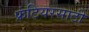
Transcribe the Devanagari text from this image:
फ्रंटियरसाठी